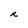
Character: R